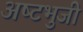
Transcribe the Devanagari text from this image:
अष्‍टभुजी